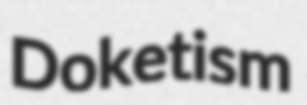
Doketism